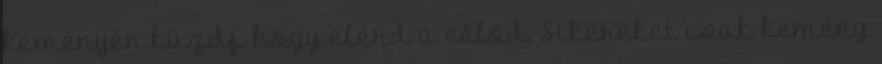
keményen küzdj, hogy elérd a célod. Sikereket csak kemény